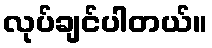
လုပ်ချင်ပါတယ်။